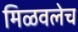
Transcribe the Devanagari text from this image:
मिळवलेच